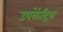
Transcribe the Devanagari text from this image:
उपकेंद्रित्र